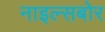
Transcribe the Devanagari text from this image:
नाइल्सबोर